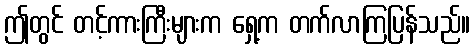
ဤတွင် တင့်ကားကြီးများက ရှေ့က တက်လာကြပြန်သည်။